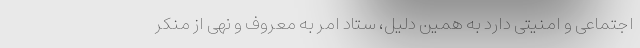
اجتماعی و امنیتی دارد به همین دلیل، ستاد امر به معروف و نهی از منکر